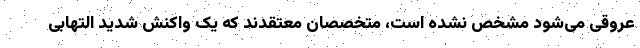
عروقی می‌شود مشخص نشده است، متخصصان معتقدند که یک واکنش شدید التهابی